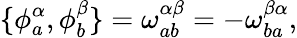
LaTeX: \{ \phi_{a}^{\alpha},\phi_{b}^{\beta}\} =\omega_{ab}^{\alpha\beta}=-\omega_{ba}^{\beta\alpha},